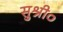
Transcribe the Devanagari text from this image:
सुश्री०